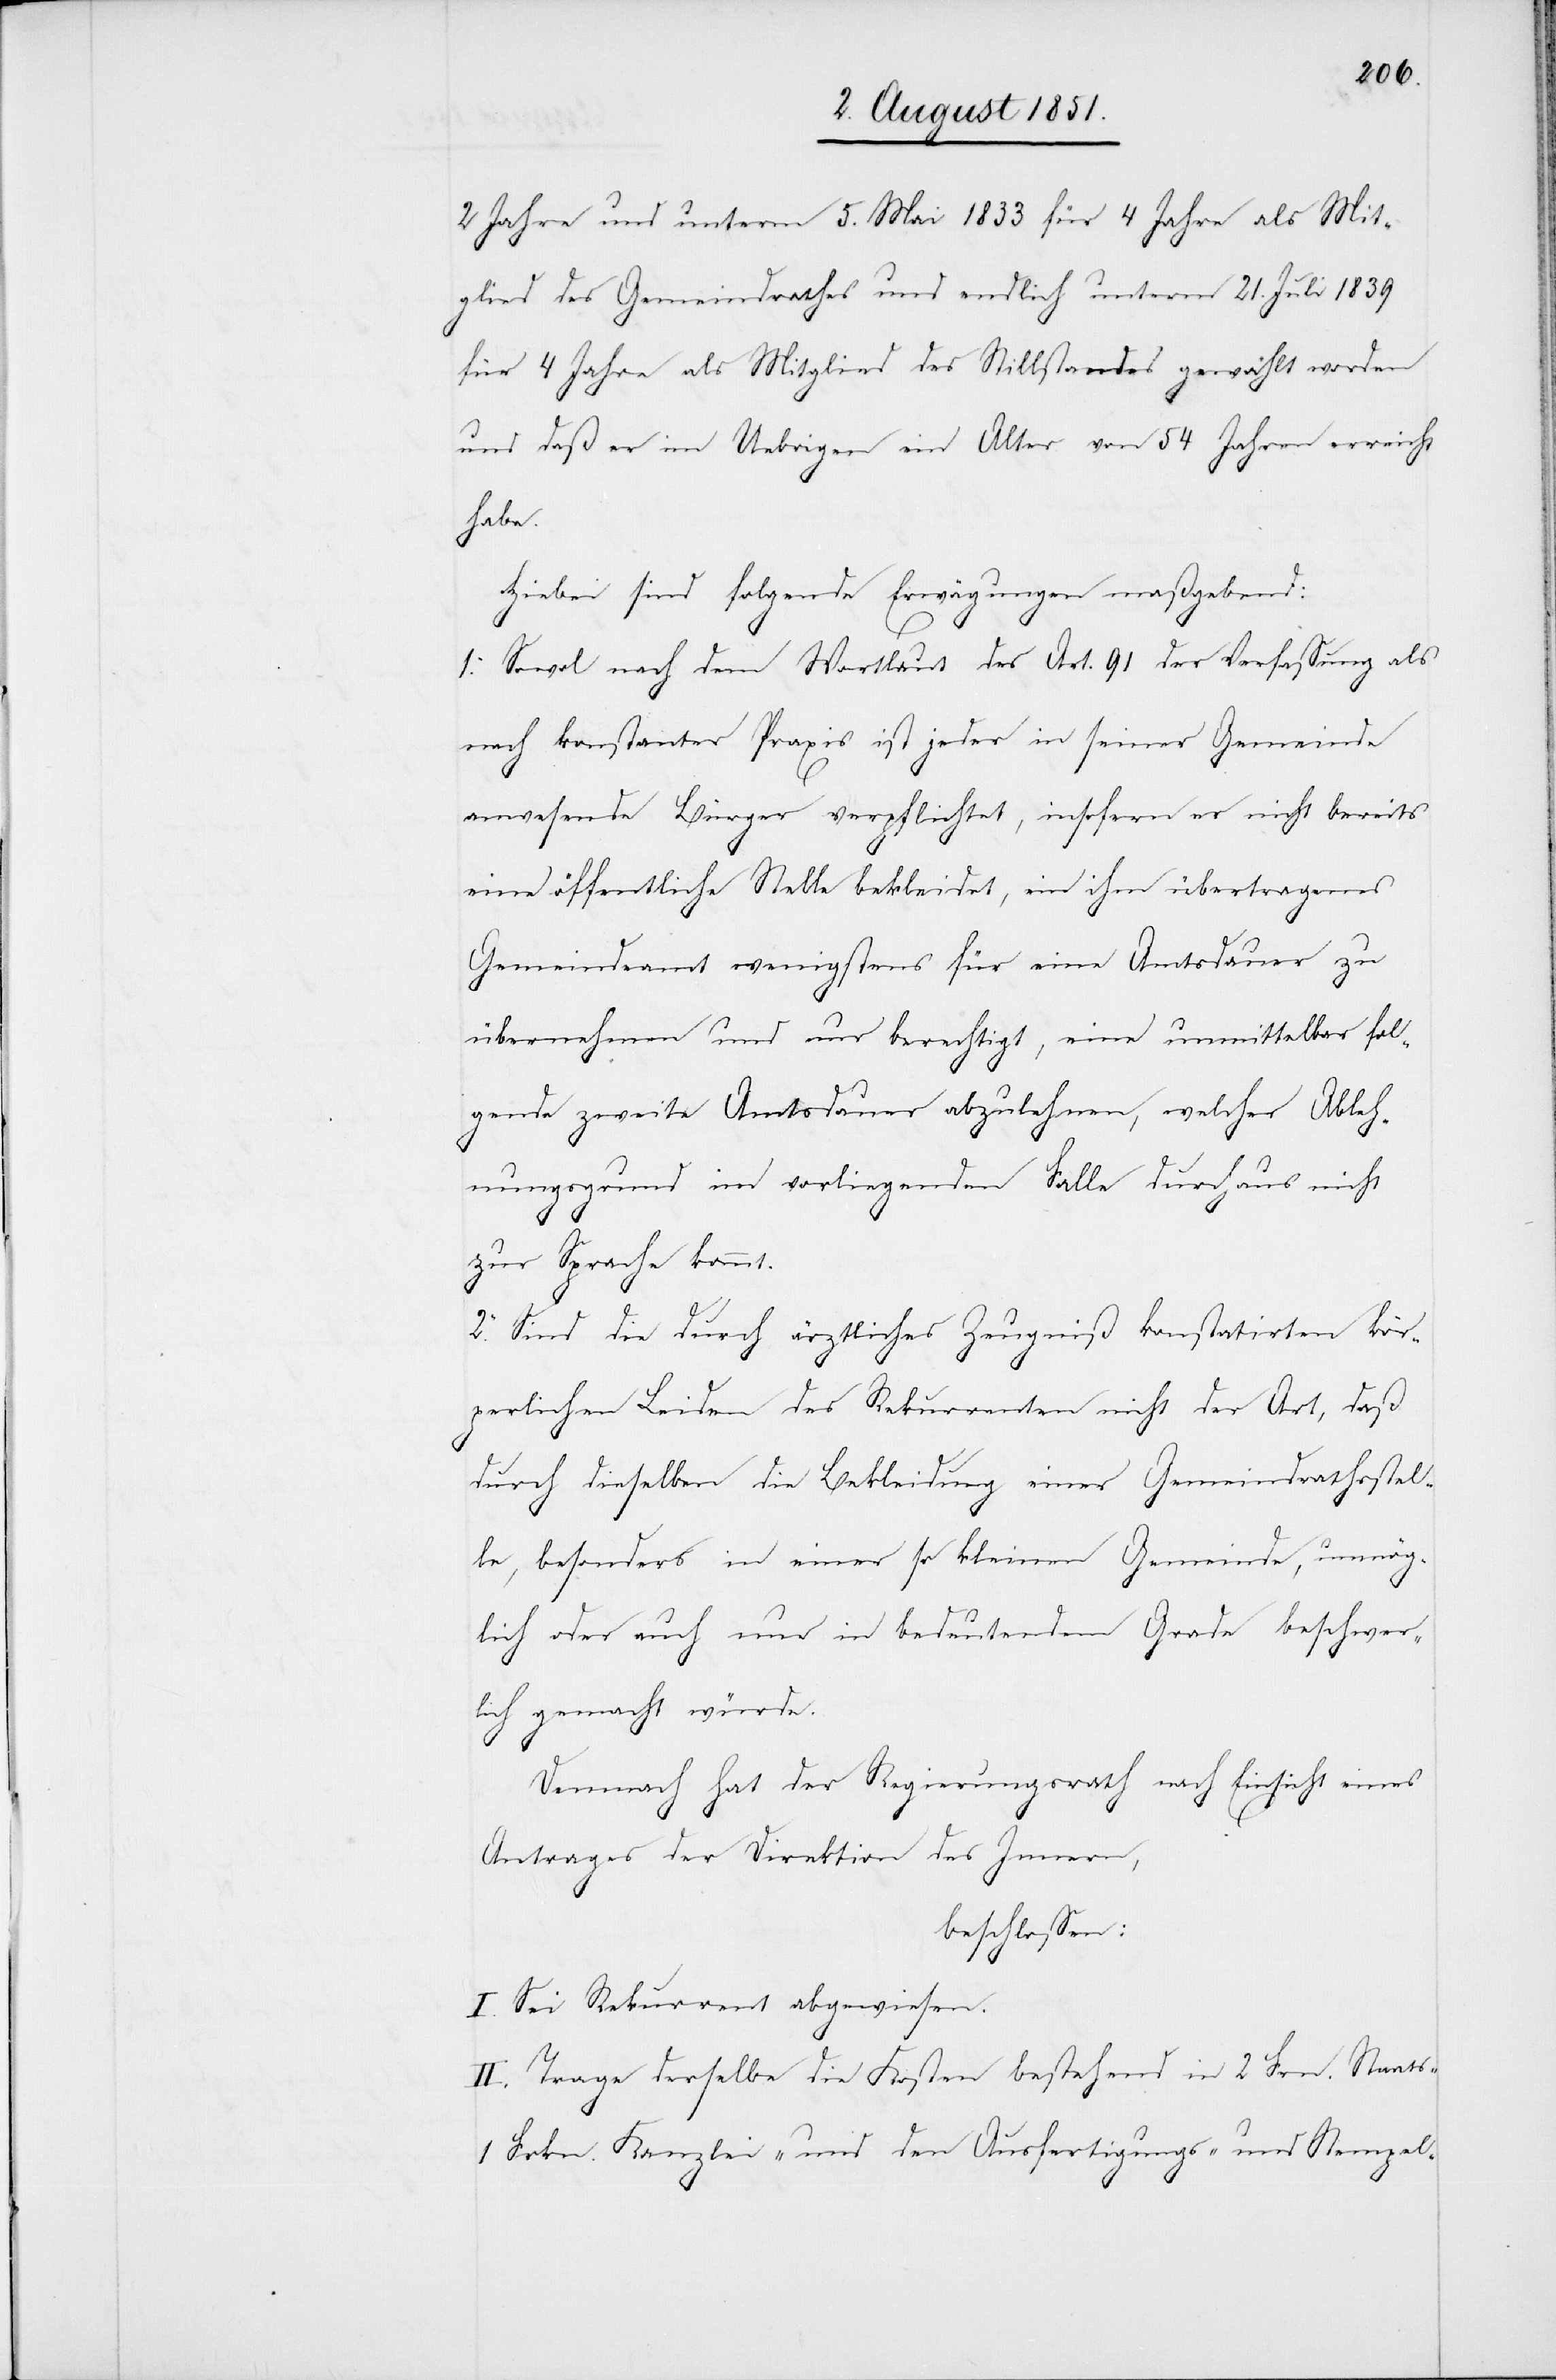
2 Jahre und unterm 5. Mai 1833 für 4 Jahre als Mit¬
glied des Gemeindrathes und endlich unterm 21. Juli 1839
für 4 Jahre als Mitglied des Stillstandes gewählt worden
und daß er im Uebrigen ein Alter von 54 Jahren erreicht
habe.
Hiebei sind folgende Erwägungen maßgebend:
1. Sowo[h]l nach dem Wortlaut des Art. 91 der Verfassung als
nach konstanter Praxis ist jeder in seiner Gemeinde
anwesende Bürger verpflichtet, insofern er nicht bereits
eine öffentliche Stelle bekleidet, ein ihm übertragenes
Gemeindeamt wenigstens für eine Amtsdauer zu
übernehmen und nur berechtigt, eine unmittelbar fol¬
gende zweite Amtsdauer abzulehnen, welcher Ableh¬
nungsgrund im vorliegenden Falle durchaus nicht
s-[,]
zur Sprache kommt.
2. Sind die durch ärztliches Zeugniß konstatirten kör¬
perlichen Leiden des Rekurrenten nicht der Art, daß
durch dieselben die Bekleidung einer Gemeindrathsstel¬
le, besonders in einer so kleinen Gemeinde, unmög¬
lich oder auch nur in bedeutendem Grade beschwer¬
lich gemacht würde.
Demnach hat der Regierungsrath nach Einsicht eines
Antrages der Direktion des Innern,
beschlossen:
I. Sei Rekurrent abgewiesen.
II. Trage derselbe die Kosten bestehend in 2 Fr[k]n. Staat¬
1 Frkn. Kanzlei- und den Ausfertigungs- und Stempel-